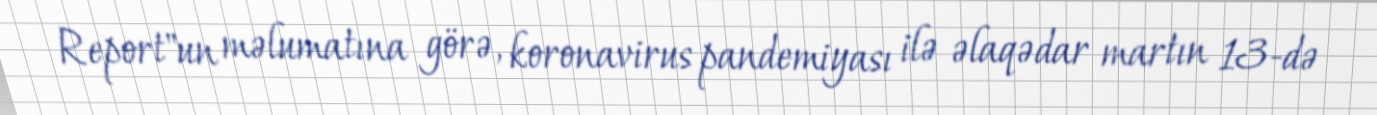
Report"un məlumatına görə, koronavirus pandemiyası ilə əlaqədar martın 13-də